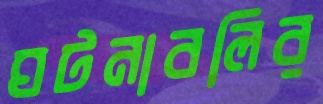
ঘটনাবলির